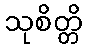
သုစိတ္တိ